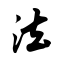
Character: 法